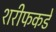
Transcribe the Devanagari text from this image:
शरीफकडे